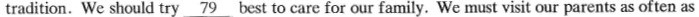
tradition. We should try \underline{79} best to care for our family. We must visit our parents as often as